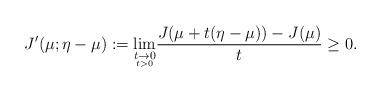
LaTeX: \begin{align*}J'(\mu;\eta-\mu):=\underset{\underset{t>0}{t\to 0}}{\lim} \frac{J(\mu+t(\eta-\mu))-J(\mu)}{t}\ge 0.\end{align*}